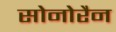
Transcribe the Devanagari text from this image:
सोनोरैन